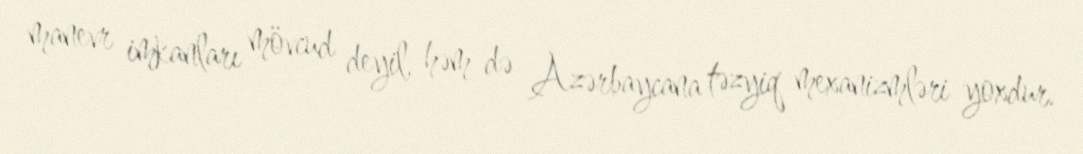
manevr imkanları mövcud deyil, həm də Azərbaycana təzyiq mexanizmləri yoxdur.